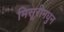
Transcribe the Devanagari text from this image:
मिसूरीमधुन